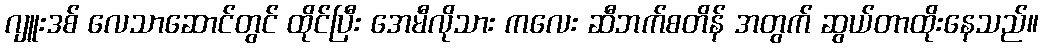
ဂျူးဒစ် လေသာဆောင်တွင် ထိုင်ပြီး အေမီလိုသား ကလေး ဆီဘက်စတိန် အတွက် ဆွယ်တာထိုးနေသည်။